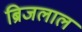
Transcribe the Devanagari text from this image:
ब्रिजलाल